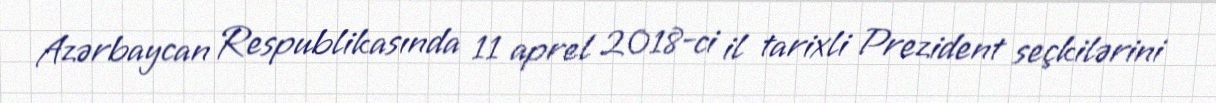
Azərbaycan Respublikasında 11 aprel 2018-ci il tarixli Prezident seçkilərini